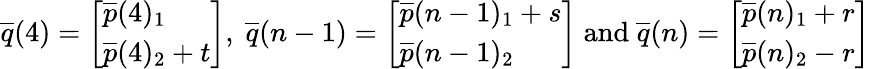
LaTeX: \overline{{q}}(4)=\left[\begin{array}{l}{\overline{{p}}(4)_{1}}\\ {\overline{{p}}(4)_{2}+t}\end{array}\right]\mathrm{,~}\overline{{q}}(n-1)=\left[\begin{array}{l}{\overline{{p}}(n-1)_{1}+s}\\ {\overline{{p}}(n-1)_{2}}\end{array}\right]\mathrm{~and~}\overline{{q}}(n)=\left[\begin{array}{l}{\overline{{p}}(n)_{1}+r}\\ {\overline{{p}}(n)_{2}-r}\end{array}\right]